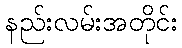
နည်းလမ်းအတိုင်း